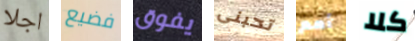
اجلا فضيع يفوق تحبنى أمم كلا